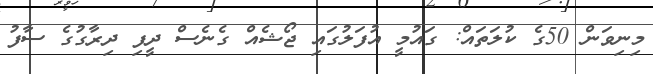
މިނިވަން 50ގެ ކުލަތައް: ގައުމީ އުފަލުގައި ޖޯޝެއް ގެނެސް ދީފި ދިރާގުގެ ސާފު